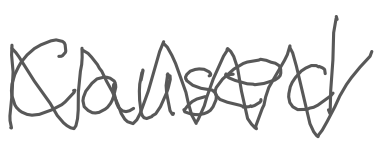
Text: caused
Cross-out: zig-zag
Writing tool: digital_gray